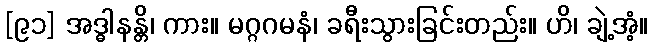
[၉၁] အဒ္ဓါနန္တိ၊ ကား။ မဂ္ဂဂမနံ၊ ခရီးသွားခြင်းတည်း။ ဟိ၊ ချဲ့အံ့။